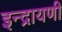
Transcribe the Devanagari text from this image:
इन्द्रायणी